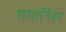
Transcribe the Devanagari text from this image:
मयानिस्ट